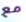
مع